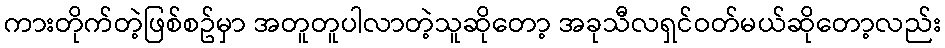
ကားတိုက်တဲ့ဖြစ်စဥ်မှာ အတူတူပါလာတဲ့သူဆိုတော့ အခုသီလရှင်ဝတ်မယ်ဆိုတော့လည်း